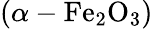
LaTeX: \left(\alpha-\mathrm{Fe_{2}O_{3}}\right)